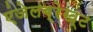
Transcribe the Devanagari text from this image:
एंजेलब्रेख्ट